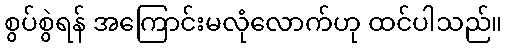
စွပ်စွဲရန် အကြောင်းမလုံလောက်ဟု ထင်ပါသည်။